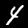
Label: 4